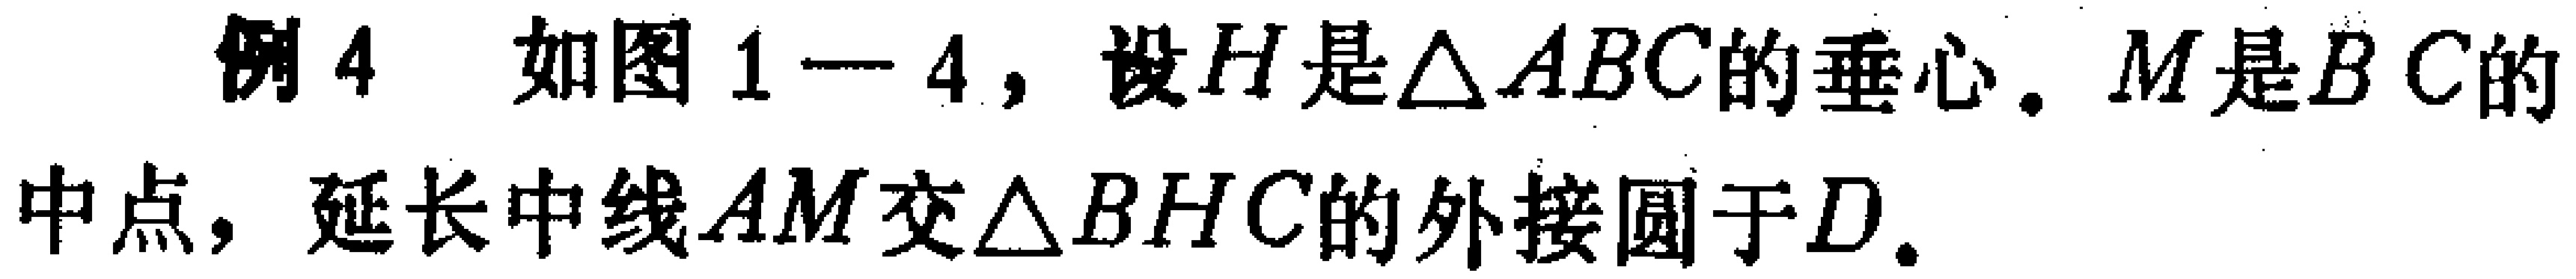
例4 如图1—4，设\(H\)是\(\triangle ABC\)的垂心。\(M\)是\(BC\)的中点，延长中线\(AM\)交\(\triangle BHC\)的外接圆于\(D\)。